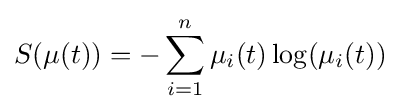
S(\mu (t))=-\sum _{i=1}^{n}\mu _{i}(t)\log(\mu _{i}(t))